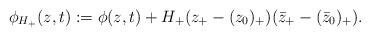
LaTeX: \begin{align*} \phi_{H_+}(z,t) := \phi(z,t) + H_+(z_+ - (z_0)_+)(\bar{z}_+ - (\bar{z}_0)_+).\end{align*}